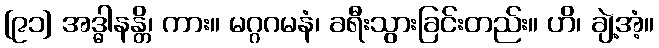
[၉၁] အဒ္ဓါနန္တိ၊ ကား။ မဂ္ဂဂမနံ၊ ခရီးသွားခြင်းတည်း။ ဟိ၊ ချဲ့အံ့။